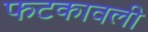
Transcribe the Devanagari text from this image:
फटकावली